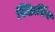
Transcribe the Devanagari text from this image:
स्किमिंग